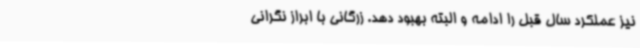
نیز عملکرد سال قبل را ادامه و البته بهبود دهد. زرگانی با ابراز نگرانی